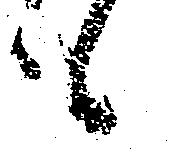
も